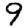
Digit: 9